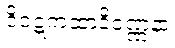
ဝိဝဋ္ဋကထာဒိဝဏ္ဏနာ